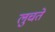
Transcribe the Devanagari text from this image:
लुचते